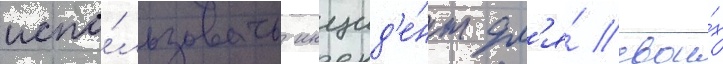
испо́льзовать инцид'е́нт дл'я́ свои́х